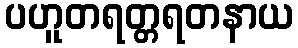
ပဟူတရတ္တရတနာယ